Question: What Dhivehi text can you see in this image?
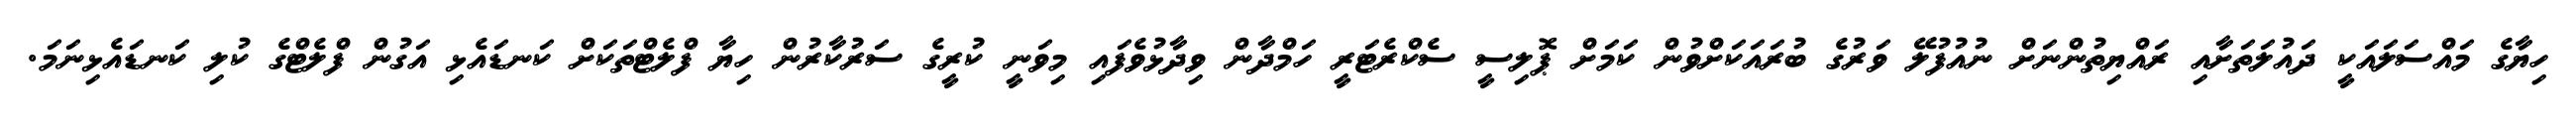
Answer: ހިޔާގެ މައްސަލައަކީ ދައުލަތަށާއި ރައްޔިތުންނަށް ނުއުފުލޭ ވަރުގެ ބުރައަކަށްވުން ކަމަށް ޕޮލިސީ ސެކްރެޓަރީ ހަމްދާން ވިދާޅުވެފައި މިވަނީ ކުރީގެ ސަރުކާރުން ހިޔާ ފްލެޓްތަކަށް ކަނޑައެޅި އަގުން ފްލެޓްގެ ކުލި ކަނޑައެޅިނަމަ.